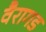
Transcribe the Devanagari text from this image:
वैरागड